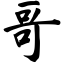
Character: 哥